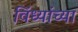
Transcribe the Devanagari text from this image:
विंध्यांच्या